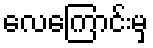
လေကြောင်းမှ